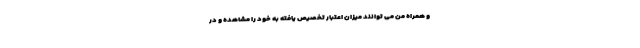
و همراه من می توانند میزان اعتبار تخصیص یافته به خود را مشاهده و در